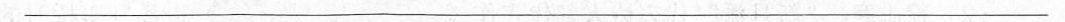
___